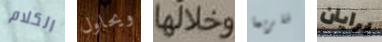
الكلام ويحاول وخلالها فلربما برايان